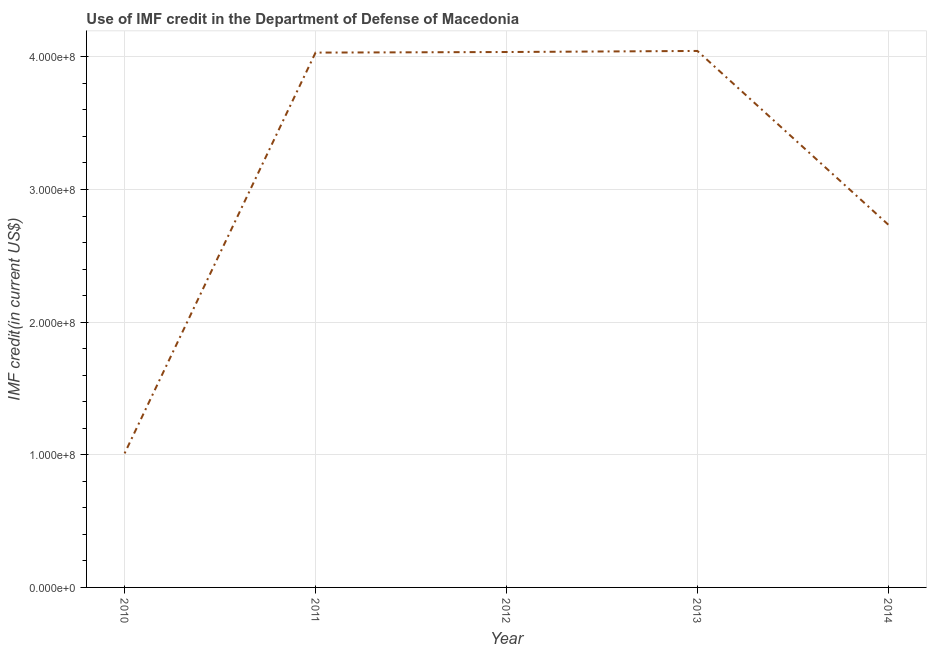
| Year | Use of IMF credit (DOD |
 | --- | --- |
 | 2010 | 1.01e+08 |
 | 2011 | 4.03e+08 |
 | 2012 | 4.04e+08 |
 | 2013 | 4.04e+08 |
 | 2014 | 2.73e+08 |